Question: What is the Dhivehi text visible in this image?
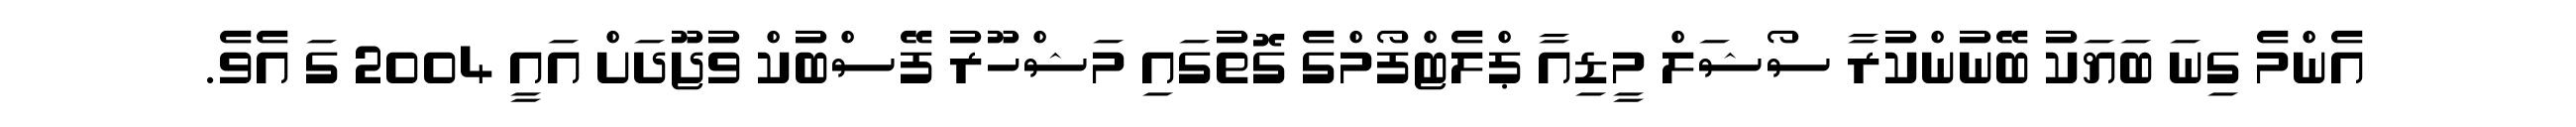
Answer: އެންމެ ގިނަ ބަޔަކު ބޭނުންކުރާ ސޯޝަލް މީޑިއާ ޕްލެޓްފޯމްގެ ގޮތުގައި މަޝްހޫރު ފޭސްބުކް ވުޖޫދަށް އައީ 2004 ގަ އެވެ.